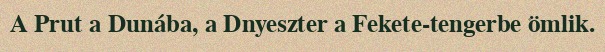
A Prut a Dunába, a Dnyeszter a Fekete-tengerbe ömlik.